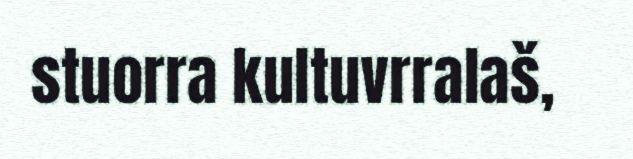
stuorra kultuvrralaš,